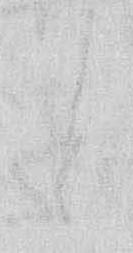
と